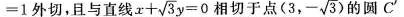
=1外切，且与直线x+\sqrt y=0 相切于点（3，\sqrt {3}）的圆C'